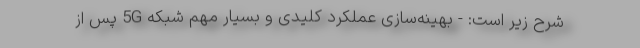
شرح زیر است: - بهینه‌سازی عملکرد کلیدی و بسیار مهم شبکه 5G پس از